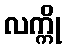
လက္ကို